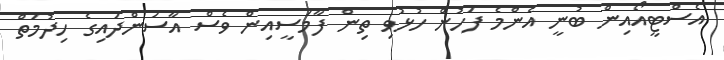
އެސްޓީއޯއިން ބުނީ އެންމެ ފަހުން ހުޅުވި ތިން ފާމަސީއިން ވެސް އާސަންދައިގެ ހިދުމަތް